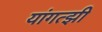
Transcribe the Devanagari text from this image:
यांगत्झी